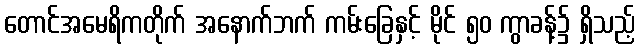
တောင်အမေရိကတိုက် အနောက်ဘက် ကမ်းခြေနှင့် မိုင် ၅၀ ကွာခန့်၌ ရှိသည့်